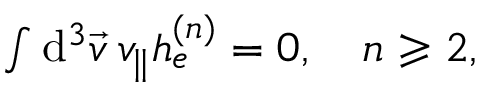
\begin{array} { r } { \int \mathrm { d } ^ { 3 } \vec { v } \: v _ { \parallel } h _ { e } ^ { ( n ) } = 0 , \quad n \geqslant 2 , } \end{array}